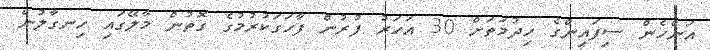
އަންހެން ސިފައިންގެ ހިދުމަތަށް 30 އަހަރު ފުރުން ފާހަގަކުރުމުގެ ގޮތުން މާލޭގައި ހިނގާލުން